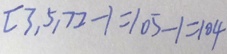
[ 3 , 5 , 7 ] - 1 = 1 0 5 - 1 = 1 0 4